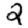
Digit: 2